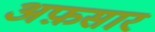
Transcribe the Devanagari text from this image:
अफ़सार